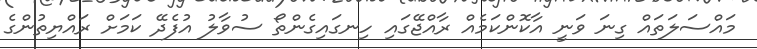
މައްސަލަތައް ގިނަ ވަނީ އާކޮންކަމެއް ރާއްޖޭގައި ހިނގައިގެންތޯ ސުވާލު އުފެދޭ ކަމަށް ރައްޔިތުންގެ